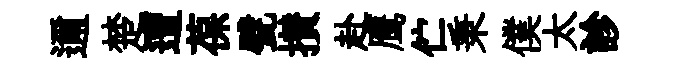
邇楚遭葆甓攅赴鹰伫秉僕太診